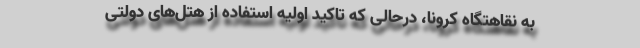
به نقاهتگاه کرونا، درحالی که تاکید اولیه استفاده از هتل‌های دولتی